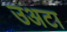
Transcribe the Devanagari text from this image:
उअटा